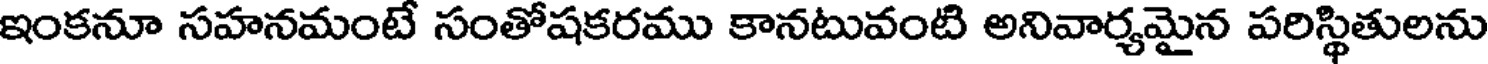
ఇంకనూ సహనమంటే సంతోషకరము కానటువంటి అనివార్యమైన పరిస్థితులను